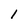
Character: 1